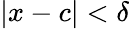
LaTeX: |x-c|<\delta